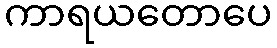
ကာရယတောပေ